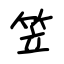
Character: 笠